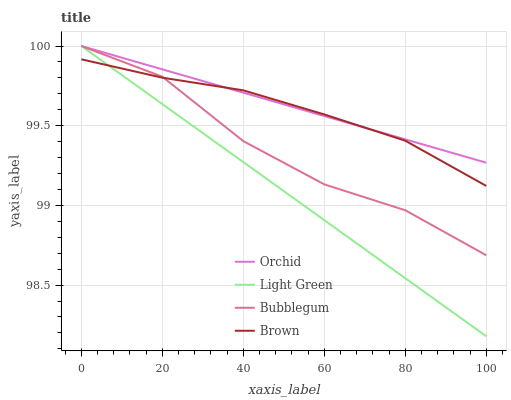
| xaxis_label | Orchid | Light Green | Bubblegum | Brown |
 | --- | --- | --- | --- | --- |
 | 0 | 100 | 100 | 100 | 99.9 |
 | 20 | 99.9 | 99.6 | 99.8 | 99.8 |
 | 40 | 99.7 | 99.3 | 99.4 | 99.7 |
 | 60 | 99.6 | 98.9 | 99.1 | 99.6 |
 | 80 | 99.4 | 98.5 | 99 | 99.4 |
 | 100 | 99.3 | 98.2 | 98.7 | 99.1 |